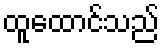
ထူထောင်သည်